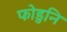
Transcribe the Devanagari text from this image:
फोडुनि